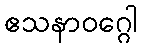
ဧသနာဝဂ္ဂေါ